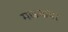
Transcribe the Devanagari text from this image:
मांडवावर